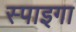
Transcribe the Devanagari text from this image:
स्पाइगा